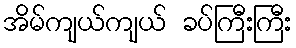
အိမ်ကျယ်ကျယ် ခပ်ကြီးကြီး